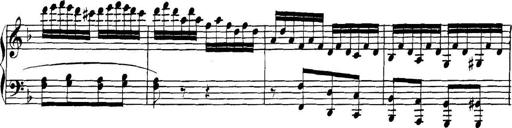
Title: Collected Piano Sonatas
Composer: Muzio Clementi